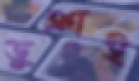
ডুক্‌রাই